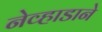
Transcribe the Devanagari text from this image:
नेव्हाडाने